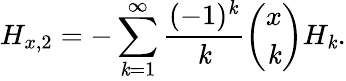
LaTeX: H_{x,2}=-\sum_{\mathit{k}=1}^{\infty}{\frac{{(-1)^{\mathit{k}}}}{{\mathit{k}}}}{\binom{x}{\mathit{k}}}H_{\mathit{k}}.